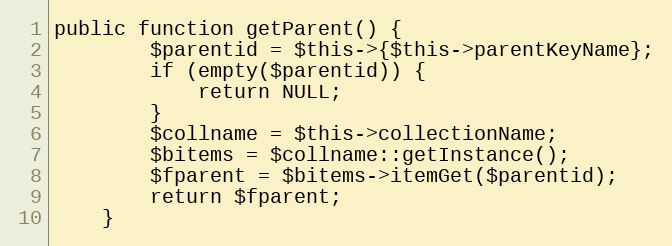
Language: PHP
public function getParent() {
		$parentid = $this->{$this->parentKeyName};
		if (empty($parentid)) {
			return NULL;
		}
		$collname = $this->collectionName;
		$bitems = $collname::getInstance();
		$fparent = $bitems->itemGet($parentid);
		return $fparent;
	}